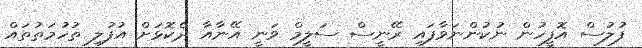
ފުލުސް އޮފީހުން ނުކުންނަވާފައި ރޭނީސް ސަލީމް ވަނީ އޭނާއާ ދެކޮޅަށް އުފުލި ތުހުމަތުތައް